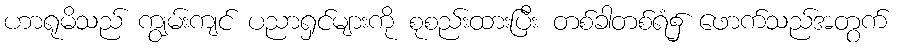
ဟာရုမိသည် ကျွမ်းကျင် ပညာရှင်များကို စုစည်းထားပြီး တစ်ခါတစ်ရံ၌ ဖောက်သည်အတွက်